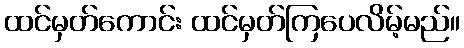
ထင်မှတ်ကောင်း ထင်မှတ်ကြပေလိမ့်မည်။